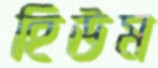
হিউম